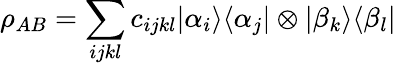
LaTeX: \rho_{AB}=\sum_{ijkl}c_{ijkl}\vert\alpha_{i}\rangle\langle\alpha_{j}\vert\otimes\vert\beta_{k}\rangle\langle\beta_{l}\vert